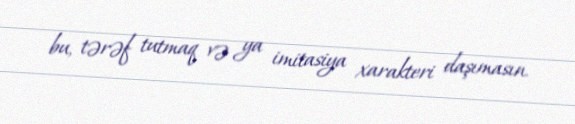
bu, tərəf tutmaq və ya imitasiya xarakteri daşımasın.